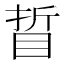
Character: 䀸